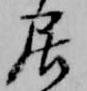
居